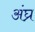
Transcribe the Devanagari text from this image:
अंघ्र